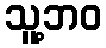
သူ့ဘဝ